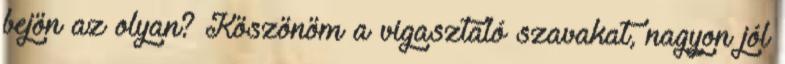
bejön az olyan? Köszönöm a vigasztaló szavakat, nagyon jól